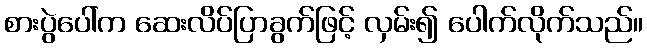
စားပွဲပေါ်က ဆေးလိပ်ပြာခွက်ဖြင့် လှမ်း၍ ပေါက်လိုက်သည်။